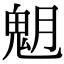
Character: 𩲞